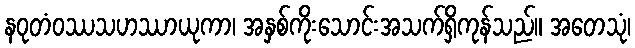
နဝုတံဝဿသဟဿာယုကာ၊ အနှစ်ကိုးသောင်းအသက်ရှိကုန်သည်။ အတေသုံ၊